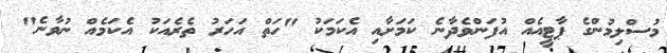
މުސްލިމުންގެ ޕާޓީއެއް އުފަންވެދާނެ ކަމަށާއި އެކަމަކު "ހަތް އަހަރު ތެރެއަކު އެކަމެއް ނުވާނެ"